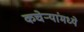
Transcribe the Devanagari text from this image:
कचेऱ्यांमध्ये